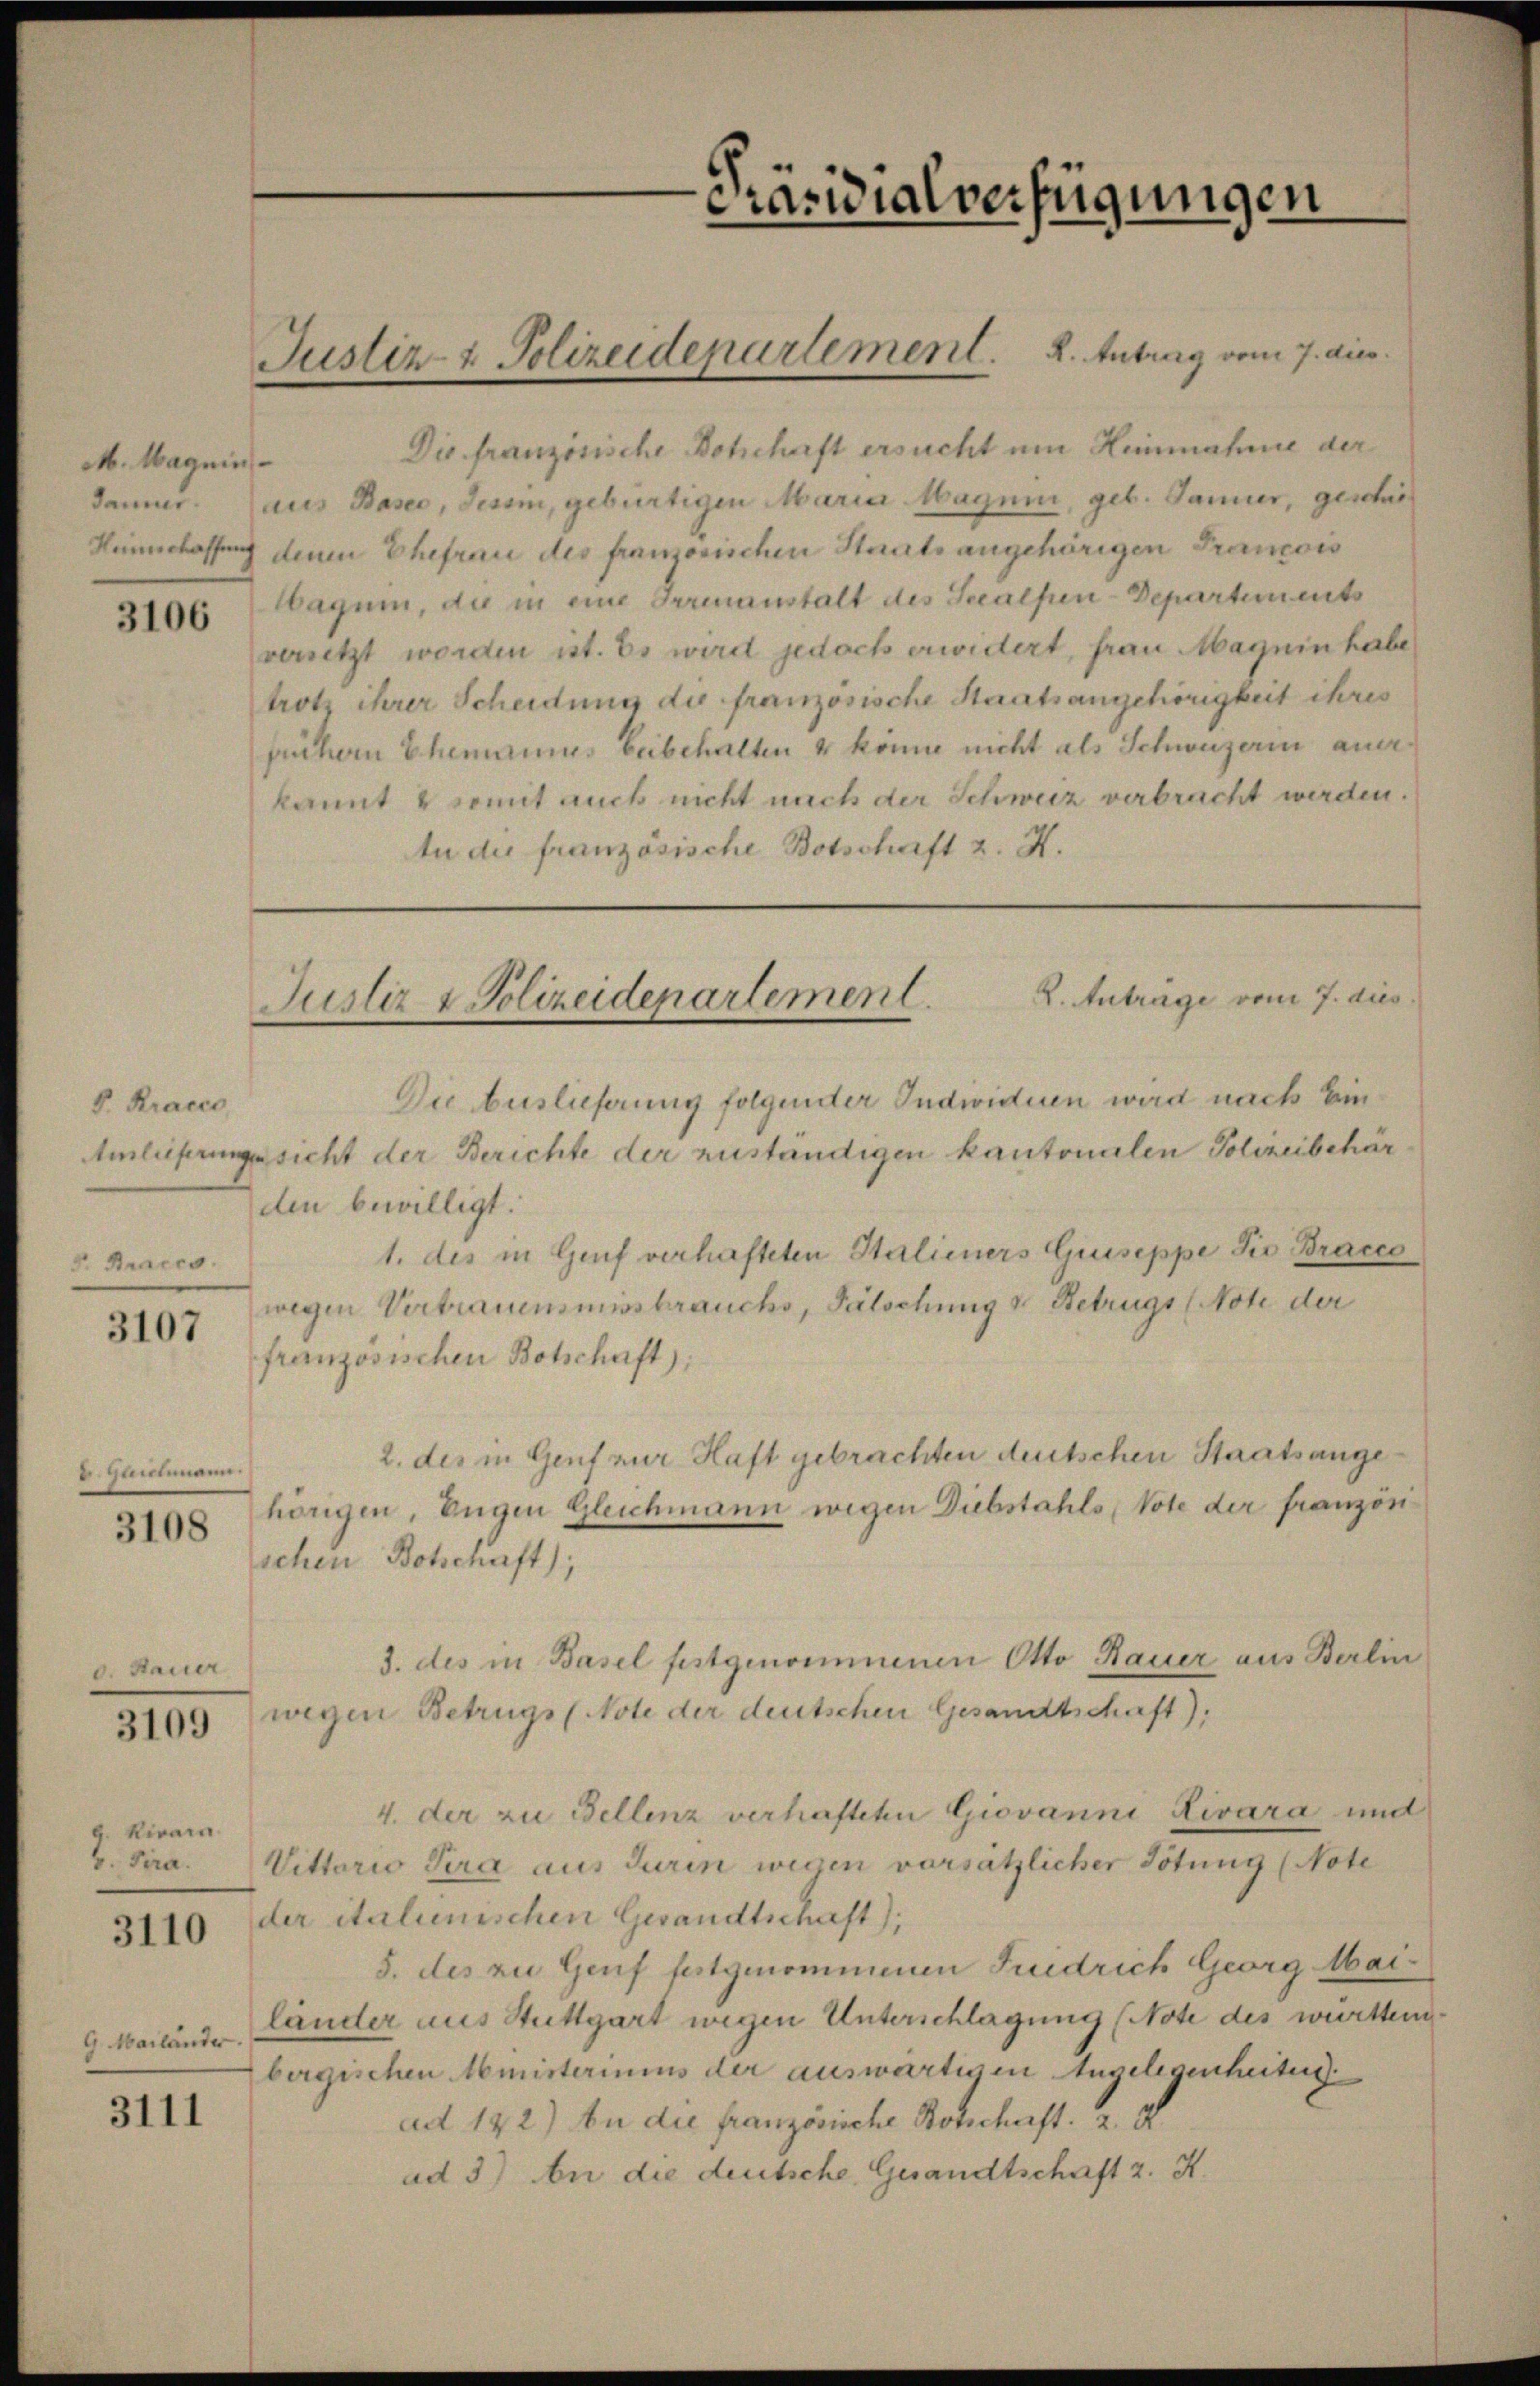
M. Magnin

3106

8. Kracco
P. Bracco

3107

E. Hammann.
3108

0. Hauer

3109

g. Rivarn
4. Pera.
3110

G. Mailänder.

3111

Justiz & Polizeidepartement. 2. Antrag vom 7. dies

Dis französische Botschaft ersucht um Heinmahne der
damner. aus Baseo, Jesum, gebürtigen Maria Magen, geb. Janier, geschre
Kinnlassung denen Ehefrau des franzosischen Staatsangehörigen Francois
agum, da in eine Irrenanstalt des Salpen-Departements
versetzt worden ist. Es wird jedoch erwidert, frau Magnin habe
trotz ihrer Scheidung die französische Staatsangehörigkeit ihres
füchern Ehemannes beibehalten u könne nicht als Schweizerin aner
kannt & somit auch nicht nach der Schweiz verbracht werden.
In die französische Botschaft z. K.

Präsidialverfügungen

2. Anträge vom 7. dies
Justiz & Polizeidepartement.

Die Auslieferung folgender Individuen wird nach Ein¬
Amleiferungs sicht der Berichte der zuständigen kantonalen Polizeibchärden bewilligt:
1. des in Genf verhafteten Stalieners Guseppe die Bracco
wegen Vertrauensmissbrauchs, Fälschung v. Betrugs (Note der
französischen Botschaft):
2. des in Genf zur Haft gebrachten deutschen Staatsangehängen, Eugen Gleichmann wegen Diebstahls, Vote der französ
schen Botschaft);
3. des in Basel festgenommenen Otto Bauer aus Berlin
wegen Betrugs (Note der deutschen Gesandtschaft).
4. der zu Fellenz verhafteten Giovanni Livara und
Vittario Sera aus Turin wegen vorsätzlicher Tötung (Note
ler italienischen Gesandtschaft);
5. des zu Genf festgenommenen Friedrich Georg Mai-
länder aus Stuttgart wegen Unterschlagung (Note des württembergischen Amisteriums der auswärtigen Angelegenheiten
ad 122) An die französische Botschaft. 2. d
ad 3) An die deutsche Gesandtschaft z. K.